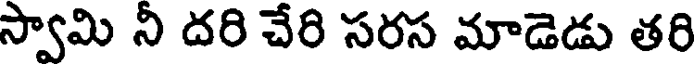
స్వామి నీ దరి చేరి సరస మాడెడు తరి